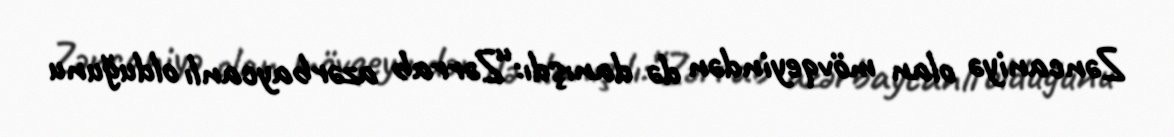
Zəncaniyə olan mövqeyindən də danışdı:“Zərrab azərbaycanlı olduğunu